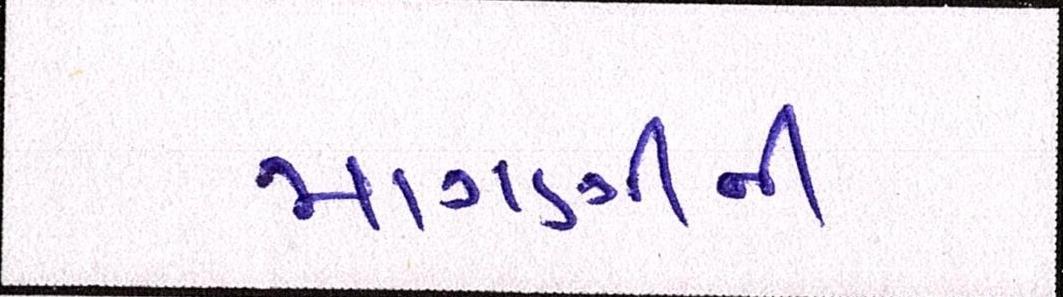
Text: માગણીની